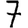
Digit: 7